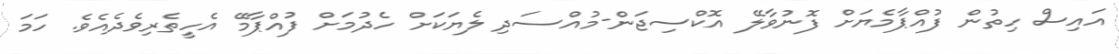
އައިސް ހިތުން ފުއްޕާމެޔަށް ފޮނުވާލޭ އޮކްސިޖަން-މުއްސަދި ލެޔަކަށް ހެދުމަށް ފުއްޕާމޭ އެހީތެރިވެދެއެވެ. ހަމަ